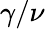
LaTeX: \gamma/\nu